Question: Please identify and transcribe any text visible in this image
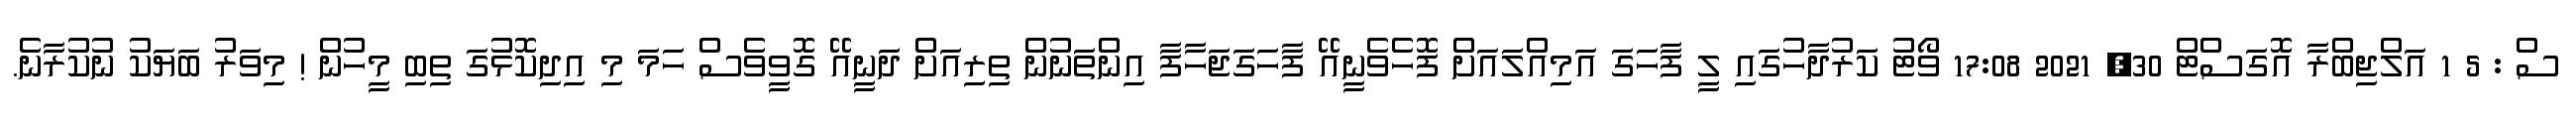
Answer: ސް : 5 1 އަލްޖިބްރާ އޮގަސްޓް 30, 2021 17:08 ވޯޓު ކަރުދާހުގައި ލީ ފާހަގަ އަމިއްލައަށް ފޮހެވެނީއޭ ފާހަގަޖަހާފާ އިންތަނުން ތިރިއަށް ދަނީއޭ ގޮވީވެސް ހަމަ މި އިދިކޮޅުގަ ތިބި މީހުން ! މިވަރު ބަޔަކު ނުކުރާނެ.